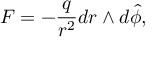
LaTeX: F = - \frac { q } { r ^ { 2 } } d r \wedge d \hat { \phi } ,